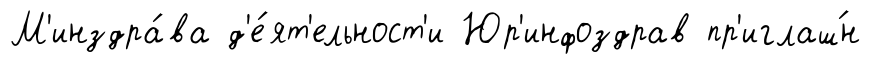
М'инздра́ва д'е́ят'ельност'и Юр'инфоздрав пр'иглаш́н